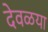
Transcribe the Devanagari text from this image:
देवळया